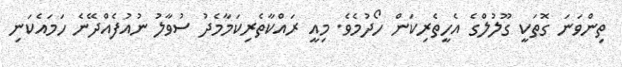
ތިންވަނަ ގޮތަކީ ގޫލުލްގެ އެހީތެރިކަން ހޯދުމެވެ. މިއީ ރައްކާތެރިކަމާމެދު ސުވާލު ނުއުފެއްދޭނެ ހަމައެކަނި